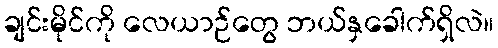
ချင်းမိုင်ကို လေယာဉ်တွေ ဘယ်နှခေါက်ရှိလဲ။